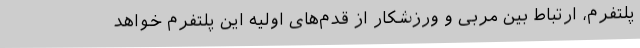
پلتفرم، ارتباط بین مربی و ورزشکار از قدم‌های اولیه این پلتفرم خواهد